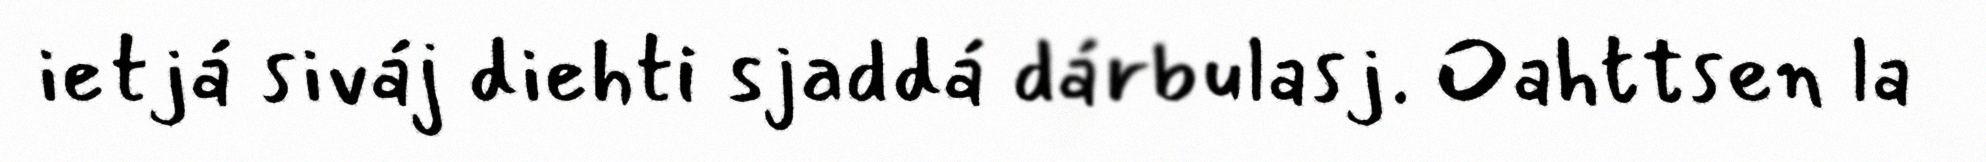
ietjá siváj diehti sjaddá dárbulasj. Oahttsen la